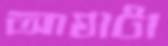
আঘাটা